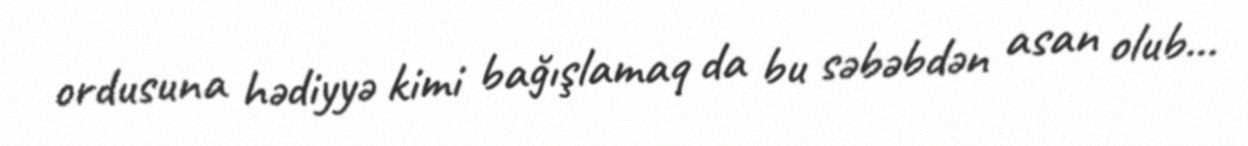
ordusuna hədiyyə kimi bağışlamaq da bu səbəbdən asan olub...